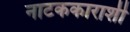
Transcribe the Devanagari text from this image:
नाटककाराशी